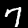
Label: 7